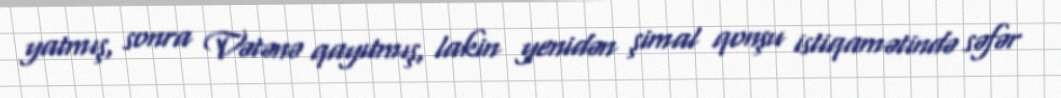
yatmış, sonra Vətənə qayıtmış, lakin yenidən şimal qonşu istiqamətində səfər